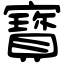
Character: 寳